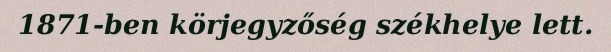
1871-ben körjegyzőség székhelye lett.